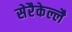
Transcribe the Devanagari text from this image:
सेरैकेल्लै